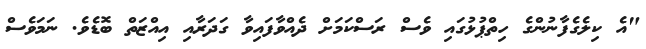
"އެ ކިލެގެފާނުންގެ ހިތްޕުޅުގައި ވެސް ރަސްކަމަށް ދެއްވާފައިވާ ގަދަރާއި އިއްޒަތް ބޮޑެވެ. ނަމަވެސް